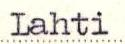
Lahti